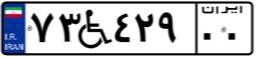
۷۳W۴۲۹۰۰